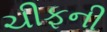
ચીફની